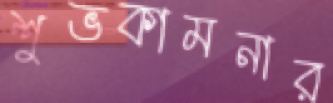
শুভকামনার